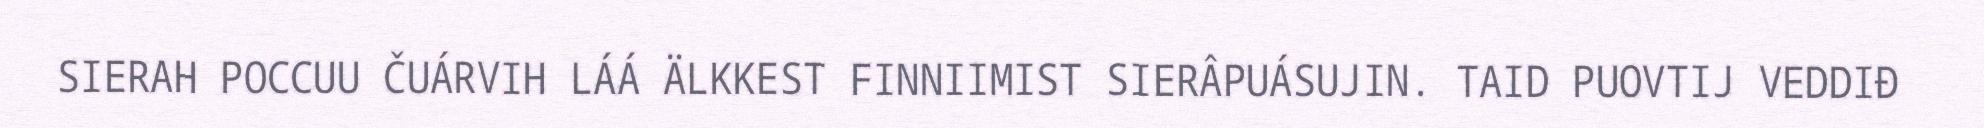
SIERAH POCCUU ČUÁRVIH LÁÁ ÄLKKEST FINNIIMIST SIERÂPUÁSUJIN. TAID PUOVTIJ VEDDIĐ